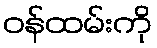
ဝန်ထမ်းကို